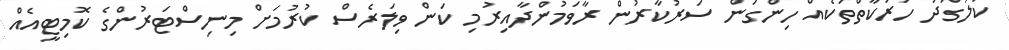
ކުލަގަދަ ހަރަކާތްތަކެއް ހިންގަން ސަރުކާރުން ރާވަމުންދާއިރުމި ކަން ވިލަރެސް ކުރުމަށް މިނިސްޓަރުންގެ ކޮމިޓީއެއް